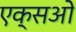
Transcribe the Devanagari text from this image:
एक्सओ